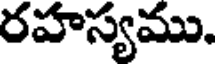
రహస్యము.